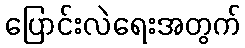
ပြောင်းလဲရေးအတွက်